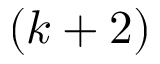
( k + 2 )